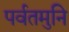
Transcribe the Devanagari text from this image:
पर्वतमुनि